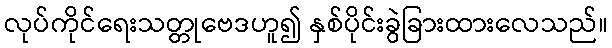
လုပ်ကိုင်ရေးသတ္တုဗေဒဟူ၍ နှစ်ပိုင်းခွဲခြားထားလေသည်။